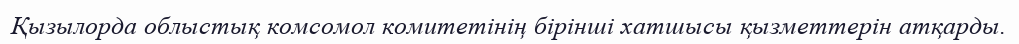
Қызылорда облыстық комсомол комитетінің бірінші хатшысы қызметтерін атқарды.